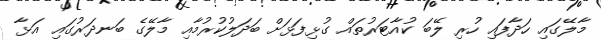
މާލޭގައި ހަދާފައި ހުރި ލޭބަ ކުއާޓަރުތައް ގުޅިފަޅަށް ބަދަލުކުރުމާއި މާލޭގެ ބަނދަރުގައި އަޅާ